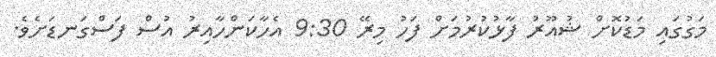
މަގުގައި މަޑުކޮށް ޝުއޫރު ފާޅުކުރުމަށް ފަހު މިރޭ 9:30 އެހާކަންހާއިރު އުސް ފަސްގަނޑަށެވެ.